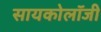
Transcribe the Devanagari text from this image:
सायकोलॉजी